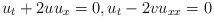
LaTeX: \begin{align*}u_{t}+2uu_{x}=0, u_{t}-2vu_{xx}=0\end{align*}